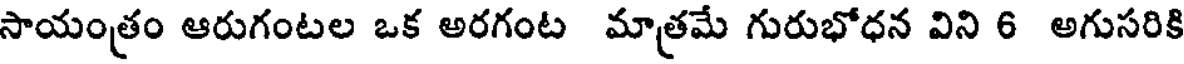
సాయంత్రం ఆరుగంటల ఒక అరగంట మాత్రమే గురుభోధన విని 6 అగుసరికి